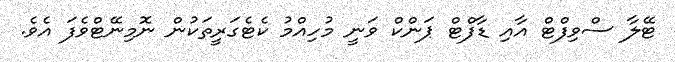
ޓޭލާ ސްވިފްޓް އާއި ޑާފްޓް ޕަންކް ވަނީ މުހިއްމު ކެޓެގަރީތަކުން ނޮމިނޭޓްވެފަ އެވެ.